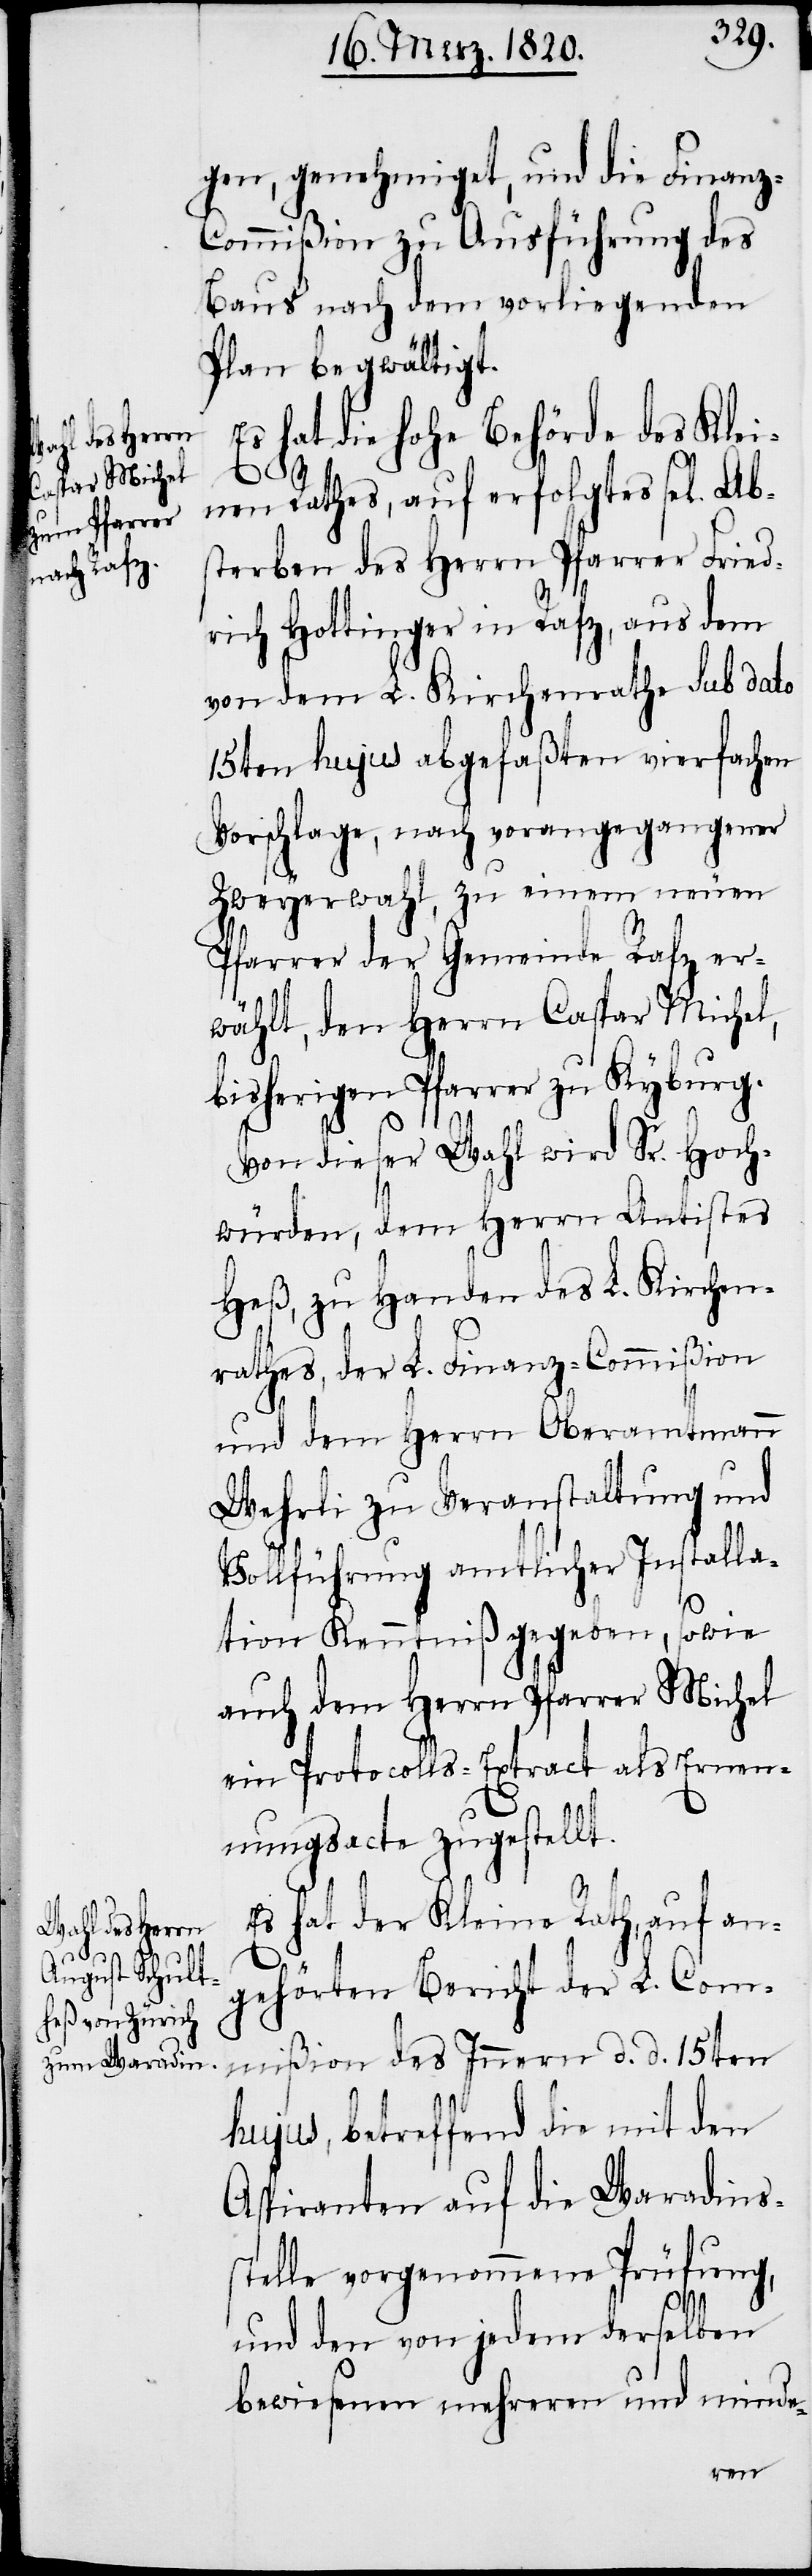
gen, genehmiget, und die Finanz-C¬
ommißion zu Ausführung des
Baus nach dem vorliegenden
Plan begwältigt.
Es hat die hohe Behörde des Klei¬
nen Rathes, auf erfolgtes sel. Abs¬
terben des Herrn Pfarrer Fried¬
rich Hottinger in Rafz, aus dem
von dem L. Kirchenrathe sub dato
15ten hujus abgefaßten vierfachen
Vorschlage, nach vorangegangener
Zweyerwahl, zu einem neuen
Pfarrer der Gemeinde Rafz er¬
wählt, den Herrn Caspar Michel,
bisherigen Pfarrer zu Kyburg.
Von dieser Wahl wird Sr. Hoch¬
würden, dem Herrn Antistes
Heß, zu Handen des L. Kirchen¬
rathes, der L. Finanz-Commißion
und dem Herrn Oberamtmann
Wehrli zu Veranstaltung und
Vollführung amtlicher Installa¬
tion Kenntniß gegeben, sowie
auch dem Herrn Pfarrer Michel
ein Protocolls-Extract als Ernen¬
nungsacte zugestellt.
Es hat der Kleine Rath, auf an¬
gehörten Bericht der L. Com¬
mißion des Innern d. d. 15ten
hujus, betreffend die mit den
Aspiranten auf die Waradins¬
stelle vorgenommene Prüfung,
und den von jedem derselben
bewiesenen mehreren und minde-